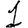
Digit: 1